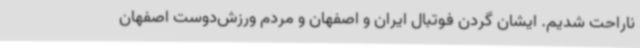
ناراحت شدیم. ایشان گردن فوتبال ایران و اصفهان و مردم ورزش‌دوست اصفهان